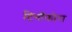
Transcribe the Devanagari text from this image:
टिनॉफोरा